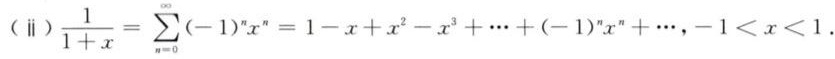
$(\text{ii})\ \frac{1}{1 + x} = \sum_{n = 0}^{\infty} (-1)^n x^n = 1 - x + x^2 - x^3 + \cdots + (-1)^n x^n + \cdots, -1 < x < 1.$